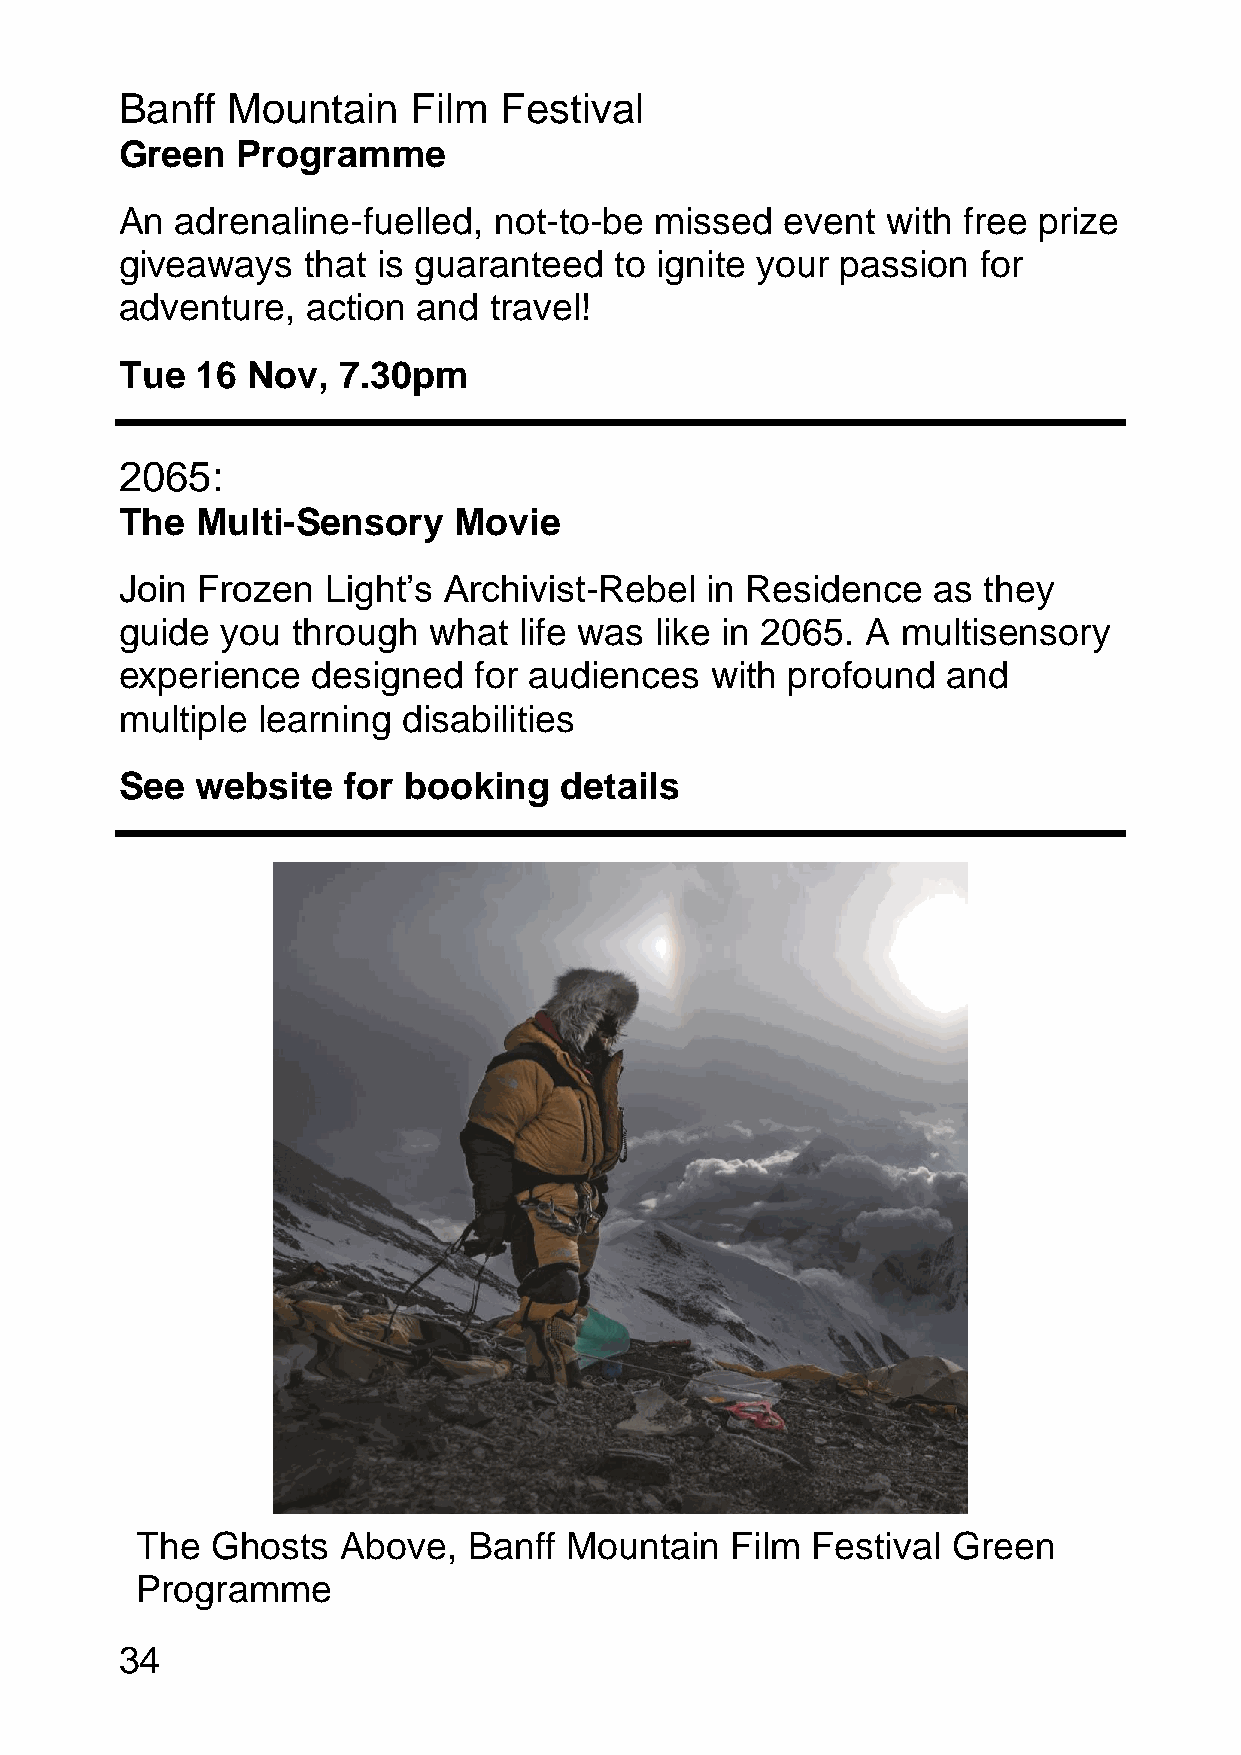
Banff  Mountain    Film  Festival
 Green   Programme
 An  adrenaline-fuelled,  not-to-be missed   event  with free prize
 giveaways   that is guaranteed   to ignite your passion  for
 adventure,  action  and travel!
 Tue  16 Nov,  7.30pm
 2065:
 The  Multi-Sensory    Movie
 Join Frozen  Light’s Archivist-Rebel   in Residence   as they
 guide  you through  what  life was like in 2065. A  multisensory
 experience   designed  for audiences   with profound   and
 multiple learning  disabilities
 See  website   for booking   details
 The  Ghosts   Above,  Banff Mountain   Film  Festival Green
 Programme
 34